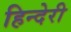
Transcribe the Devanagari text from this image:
हिन्देरी